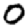
Digit: 0